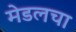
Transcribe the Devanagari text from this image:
मेडलचा